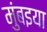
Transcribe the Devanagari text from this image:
मुंबइया